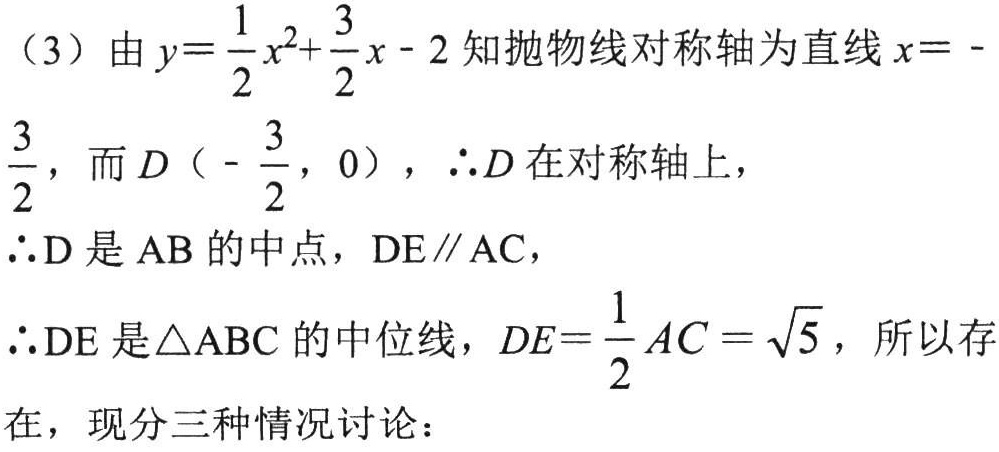
（3）由\(y = \frac{1}{2}x^{2}+\frac{3}{2}x - 2\)知抛物线对称轴为直线\(x = -\frac{3}{2}\)，而\(D\left(-\frac{3}{2},0\right)\)，\(\therefore D\)在对称轴上，
\(\therefore\mathrm{D}\)是\(\mathrm{AB}\)的中点，\(\mathrm{DE}\parallel\mathrm{AC}\)，
\(\therefore\mathrm{DE}\)是\(\triangle\mathrm{ABC}\)的中位线，\(DE = \frac{1}{2}AC=\sqrt{5}\)，所以存在，现分三种情况讨论：